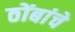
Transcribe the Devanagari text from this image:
ठोंबांचे